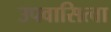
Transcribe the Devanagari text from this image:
उपवासित्वा